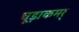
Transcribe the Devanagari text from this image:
चूड़ाकमर्